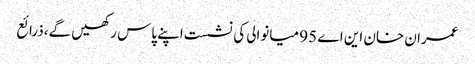
عمران خان این اے 95 میانوالی کی نشست اپنے پاس رکھیں گے،ذرائع